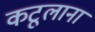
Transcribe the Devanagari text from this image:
कटूलाना